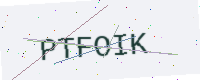
Text: PTFOIK